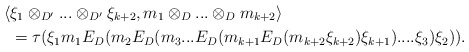
\begin{align*}\langle &\xi_1\otimes_{D'} ...\otimes_{D'} \xi_{k+2},m_1\otimes_D ...\otimes_D m_{k+2}\rangle\\&=\tau(\xi_1m_1E_D(m_2E_D(m_3...E_D(m_{k+1}E_D(m_{k+2}\xi_{k+2})\xi_{k+1})....\xi_3)\xi_2)). \end{align*}